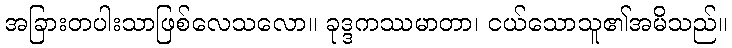
အခြားတပါးသာဖြစ်လေသလော။ ခုဒ္ဒကဿမာတာ၊ ငယ်သောသူ၏အမိသည်။